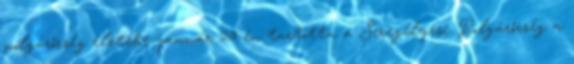
polgárőrség életébe január 29-én tartotta a Seregélyesi Polgárőrség a